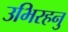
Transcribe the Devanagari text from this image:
उभिरहनु